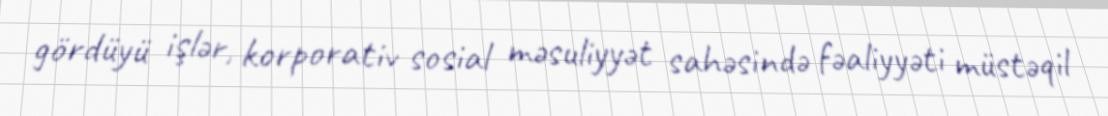
gördüyü işlər, korporativ sosial məsuliyyət sahəsində fəaliyyəti müstəqil